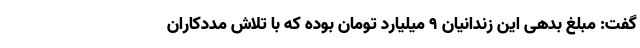
گفت: مبلغ بدهی این زندانیان ۹ میلیارد تومان بوده که با تلاش مددکاران